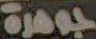
جوهرة